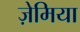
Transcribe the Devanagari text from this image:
ज़ेमिया